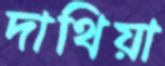
দাথিয়া